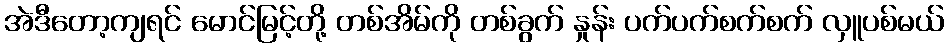
အဲဒီတော့ကျရင် မောင်မြင့်တို့ တစ်အိမ်ကို တစ်ခွက် နှုန်း ပက်ပက်စက်စက် လှူပစ်မယ်